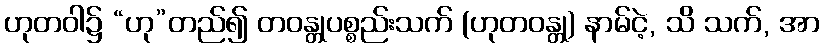
ဟုတဝါ၌ “ဟု”တည်၍ တဝန္တုပစ္စည်းသက် (ဟုတဝန္တု) နာမ်ငဲ့, သိ သက်, အာ